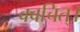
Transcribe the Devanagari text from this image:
क्वचित्‌।